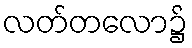
လတ်တလော၌